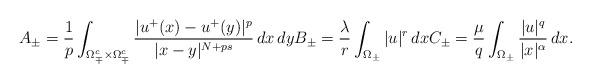
LaTeX: \begin{align*}A_\pm=\frac{1}{p}\int_{\Omega_\mp^c\times \Omega_\mp^c}\frac{|u^+(x)-u^+(y)|^p}{|x-y|^{N+ps}}\, dx\, dyB_\pm=\frac{\lambda}{r}\int_{\Omega_\pm}|u|^r\, dxC_\pm=\frac{\mu}{q}\int_{\Omega_\pm}\frac{|u|^q}{|x|^\alpha}\, dx.\end{align*}